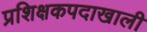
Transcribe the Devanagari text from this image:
प्रशिक्षकपदाखाली